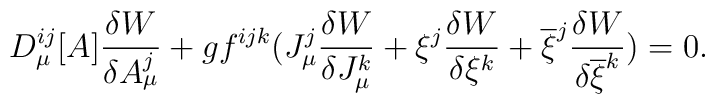
D_{\mu}^{ij}[A]\frac{\delta W}{\delta A_{\mu}^j}+gf^{ijk}(J_{\mu}^j\frac{\delta W}{\delta J_{\mu}^k}+\xi ^j\frac{\delta W}{\delta \xi ^k}+\overline{\xi}^j\frac{\delta W}{\delta \overline{\xi}^k})=0.